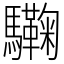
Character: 驧